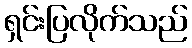
ရှင်းပြလိုက်သည်